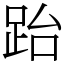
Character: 跆